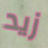
زيد